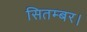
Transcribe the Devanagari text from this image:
सितम्बर।